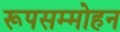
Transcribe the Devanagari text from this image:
रूपसम्मोहन